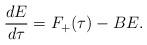
LaTeX: \begin{align*}\frac{dE}{d\tau}=F_+(\tau)-BE.\end{align*}